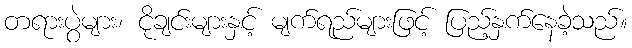
တရားပွဲများ၊ ငိုချင်းများနှင့် မျက်ရည်များဖြင့် ပြည့်နှက်နေခဲ့သည်။